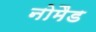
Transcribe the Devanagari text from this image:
नोमैड